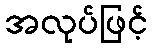
အလုပ်ဖြင့်